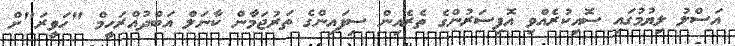
އަސްލު ލިޔުމުގައި ސޮއިކުރެއްވި އޮފިސަރުންގެ ތެރެއިން ސިފައިންގެ ތަރުޖަމާން ކާނަލް އަބްދުއްރަހީމް "ހަވީރަ"ށް